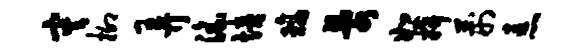
灾柳弄淫培璃乱恕拚荆恚